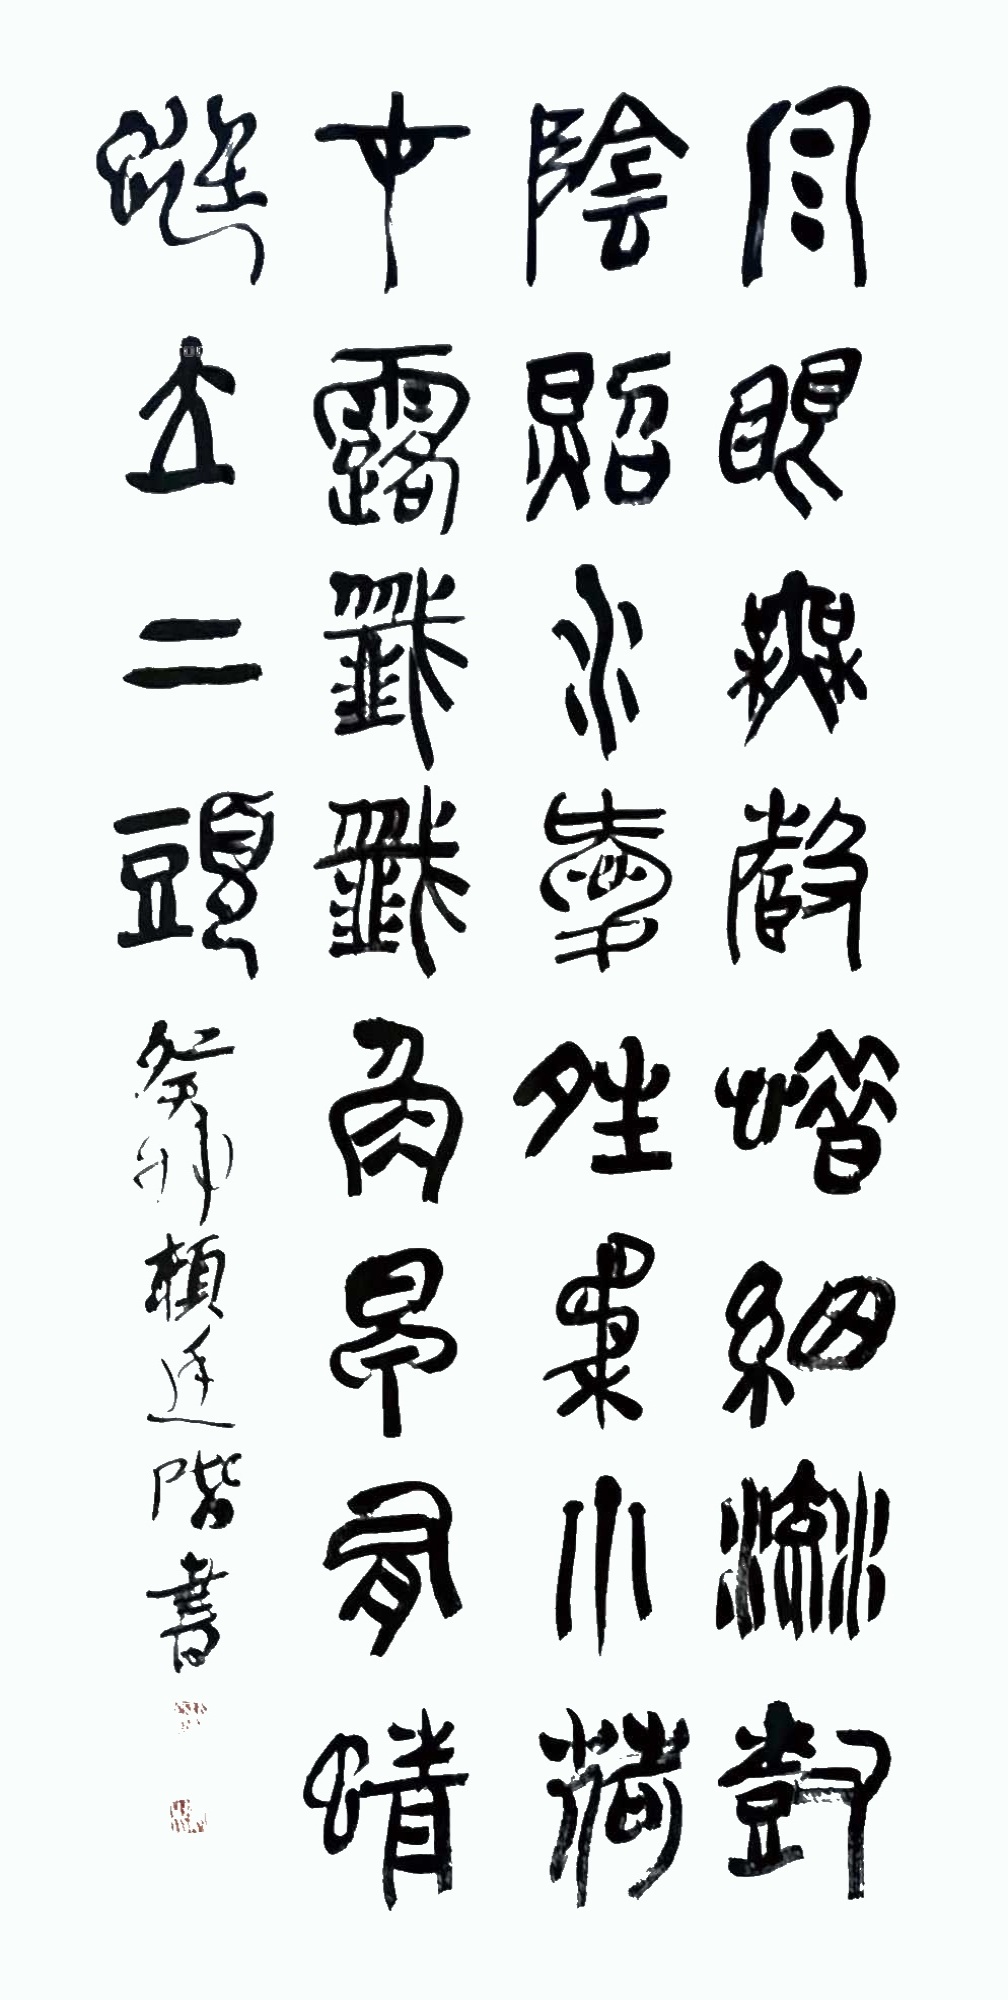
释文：泉眼无声惜细流，树阴照水爱晴柔。小荷才露尖尖角，早有蜻蜓立上头。赖廷阶2023年作